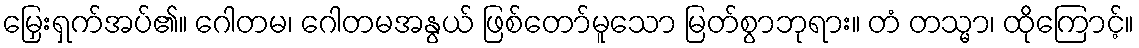
မြှေးရှက်အပ်၏။ ဂေါတမ၊ ဂေါတမအနွယ် ဖြစ်တော်မူသော မြတ်စွာဘုရား။ တံ တသ္မာ၊ ထိုကြောင့်။